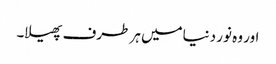
اور وہ نور دنیامیں ہر طرف پھیلا۔